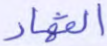
القهار